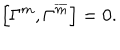
LaTeX: \left[ \Gamma ^ { m } , \Gamma ^ { \overline { { { m } } } } \right] = 0 \mathrm { . }